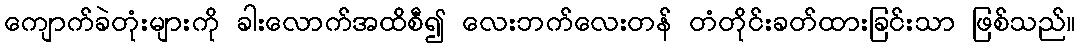
ကျောက်ခဲတုံးများကို ခါးလောက်အထိစီ၍ လေးဘက်လေးတန် တံတိုင်းခတ်ထားခြင်းသာ ဖြစ်သည်။